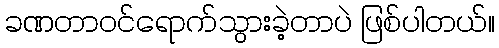
ခဏတာဝင်ရောက်သွားခဲ့တာပဲ ဖြစ်ပါတယ်။